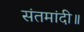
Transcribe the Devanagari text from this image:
संतमांदी॥